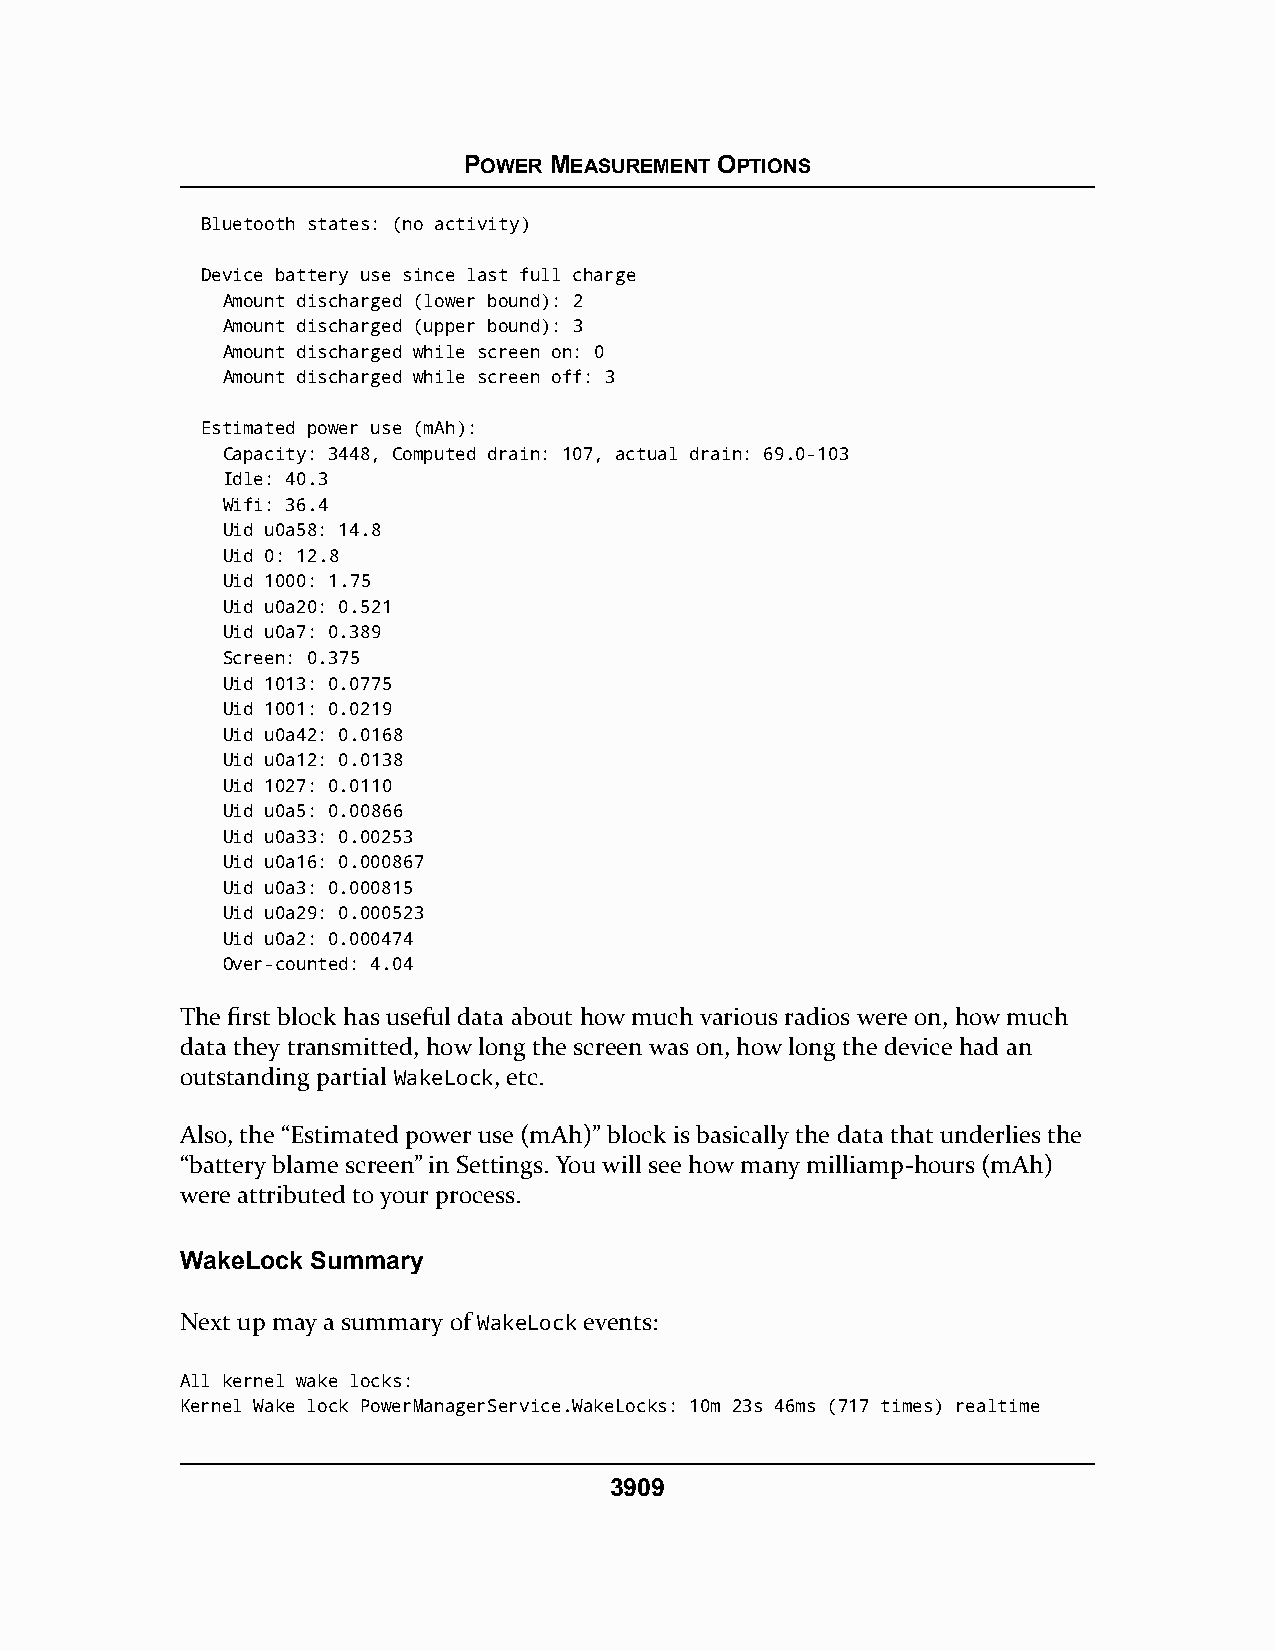
POWER MEASUREMENT OPTIONS
 Bluetooth states: (no activity)
 Device battery use since last full charge
 Amount discharged (lower bound): 2
 Amount discharged (upper bound): 3
 Amount discharged while screen on: 0
 Amount discharged while screen off: 3
 Estimated power use (mAh):
 Capacity: 3448, Computed drain: 107, actual drain: 69.0-103
 Idle: 40.3
 Wifi: 36.4
 Uid u0a58: 14.8
 Uid 0: 12.8
 Uid 1000: 1.75
 Uid u0a20: 0.521
 Uid u0a7: 0.389
 Screen: 0.375
 Uid 1013: 0.0775
 Uid 1001: 0.0219
 Uid u0a42: 0.0168
 Uid u0a12: 0.0138
 Uid 1027: 0.0110
 Uid u0a5: 0.00866
 Uid u0a33: 0.00253
 Uid u0a16: 0.000867
 Uid u0a3: 0.000815
 Uid u0a29: 0.000523
 Uid u0a2: 0.000474
 Over-counted: 4.04
 The first block has useful data about how much various radios were on, how much
 data they transmitted, how long the screen was on, how long the device had an
 outstanding partial WakeLock, etc.
 Also, the “Estimated power use (mAh)” block is basically the data that underlies the
 “battery blame screen” in Settings. You will see how many milliamp-hours (mAh)
 were attributed to your process.
 WakeLock Summary
 Next up may a summary of WakeLock events:
 All kernel wake locks:
 Kernel Wake lock PowerManagerService.WakeLocks: 10m 23s 46ms (717 times) realtime
 3909